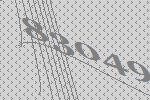
83049